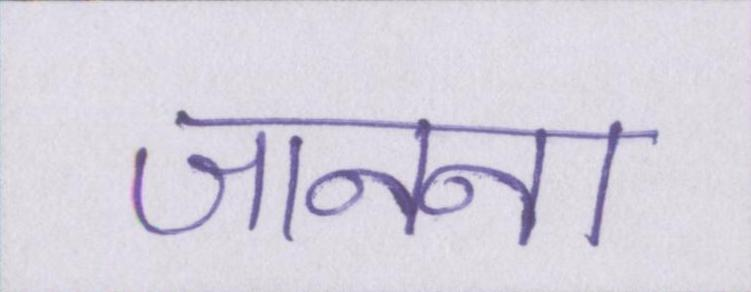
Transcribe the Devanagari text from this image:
जानना